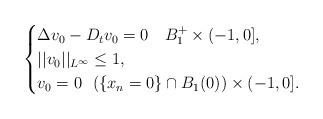
LaTeX: \begin{align*}\begin{cases}\Delta v_0 - D_t v_0 = 0\ \ \ B_{1}^{+} \times (-1, 0],\\||v_0||_{L^{\infty}} \leq 1,\\v_0 = 0 \ \ (\{x_n=0\} \cap B_{1}(0)) \times (-1,0].\end{cases}\end{align*}